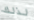
لذلك